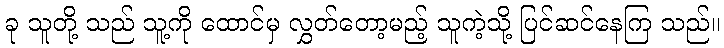
ခု သူတို့ သည် သူ့ကို ထောင်မှ လွှတ်တော့မည့် သူကဲ့သို့ ပြင်ဆင်နေကြ သည်။